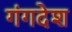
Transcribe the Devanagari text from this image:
गंगदेश